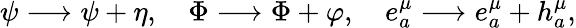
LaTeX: \psi\longrightarrow\psi+\eta,\ \ \ \ \Phi\longrightarrow\Phi+\varphi,\ \ \ \ e_{a}^{\mu}\longrightarrow e_{a}^{\mu}+h_{a}^{\mu},